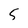
Character: 5